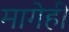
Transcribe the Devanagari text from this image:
मागेही